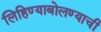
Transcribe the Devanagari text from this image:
लिहिण्याबोलण्याची